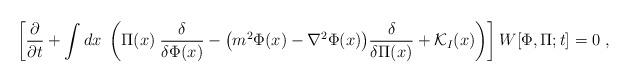
LaTeX: \begin{align*}\left[ {\partial \over \partial t} + \int dx \; \left( \Pi (x) \;{\delta \over \delta \Phi (x)} - \big( m^2 \Phi (x) - \nabla^2 \Phi (x) \big){\delta \over \delta \Pi (x)} + {\cal K}_I(x) \right) \right]W[\Phi,\Pi;t] = 0 \;,\end{align*}